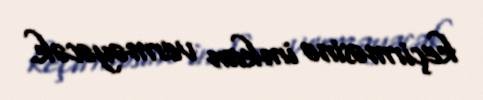
keçirməsinə imkan verməyəcək.